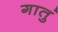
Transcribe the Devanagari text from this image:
गातुं